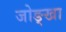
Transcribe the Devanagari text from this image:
जोङ्खा